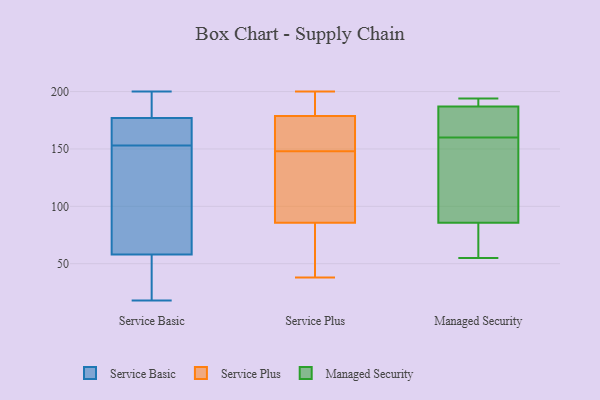
{"axis": {"x": "Operating Costs (USD K)", "y": "Value"}, "legend": ["Managed Security", "Service Basic", "Service Plus"], "data": [{"x": "", "y": 49, "type": "Service Basic"}, {"x": "", "y": 157, "type": "Service Basic"}, {"x": "", "y": 153, "type": "Service Basic"}, {"x": "", "y": 18, "type": "Service Basic"}, {"x": "", "y": 183, "type": "Service Basic"}, {"x": "", "y": 24, "type": "Service Basic"}, {"x": "", "y": 200, "type": "Service Basic"}, {"x": "", "y": 154, "type": "Service Basic"}, {"x": "", "y": 146, "type": "Service Basic"}, {"x": "", "y": 175, "type": "Service Basic"}, {"x": "", "y": 85, "type": "Service Basic"}, {"x": "", "y": 153, "type": "Service Basic"}, {"x": "", "y": 61, "type": "Service Basic"}, {"x": "", "y": 187, "type": "Service Basic"}, {"x": "", "y": 184, "type": "Service Basic"}, {"x": "", "y": 45, "type": "Service Basic"}, {"x": "", "y": 67, "type": "Service Basic"}, {"x": "", "y": 152, "type": "Service Plus"}, {"x": "", "y": 148, "type": "Service Plus"}, {"x": "", "y": 200, "type": "Service Plus"}, {"x": "", "y": 38, "type": "Service Plus"}, {"x": "", "y": 109, "type": "Service Plus"}, {"x": "", "y": 138, "type": "Service Plus"}, {"x": "", "y": 132, "type": "Service Plus"}, {"x": "", "y": 89, "type": "Service Plus"}, {"x": "", "y": 44, "type": "Service Plus"}, {"x": "", "y": 153, "type": "Service Plus"}, {"x": "", "y": 187, "type": "Service Plus"}, {"x": "", "y": 50, "type": "Service Plus"}, {"x": "", "y": 187, "type": "Service Plus"}, {"x": "", "y": 192, "type": "Service Plus"}, {"x": "", "y": 165, "type": "Service Plus"}, {"x": "", "y": 76, "type": "Service Plus"}, {"x": "", "y": 176, "type": "Service Plus"}, {"x": "", "y": 189, "type": "Managed Security"}, {"x": "", "y": 194, "type": "Managed Security"}, {"x": "", "y": 165, "type": "Managed Security"}, {"x": "", "y": 150, "type": "Managed Security"}, {"x": "", "y": 55, "type": "Managed Security"}, {"x": "", "y": 81, "type": "Managed Security"}, {"x": "", "y": 160, "type": "Managed Security"}, {"x": "", "y": 100, "type": "Managed Security"}, {"x": "", "y": 194, "type": "Managed Security"}, {"x": "", "y": 67, "type": "Managed Security"}, {"x": "", "y": 181, "type": "Managed Security"}]}